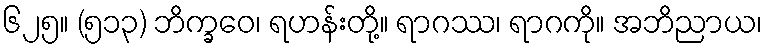
၆၂၅။ (၅၁၃) ဘိက္ခဝေ၊ ရဟန်းတို့။ ရာဂဿ၊ ရာဂကို။ အဘိညာယ၊